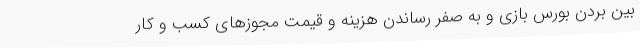
بین بردن بورس بازی و به صفر رساندن هزینه و قیمت مجوزهای کسب و کار